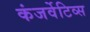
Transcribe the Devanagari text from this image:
कंजर्वेटिव्स